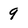
Character: 9